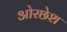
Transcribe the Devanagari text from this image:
ओरछेश